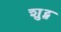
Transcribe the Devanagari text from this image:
शुट्स्त